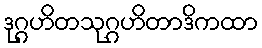
ဒုဂ္ဂဟိတသုဂ္ဂဟိတာဒိကထာ